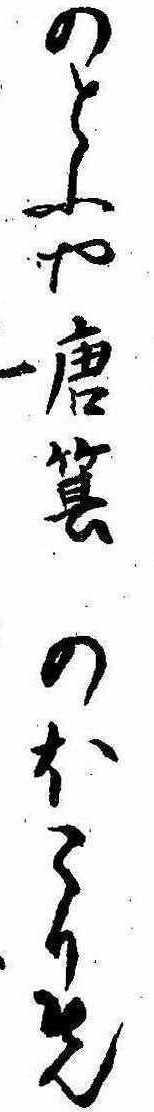
のとふや唐箕のほこり先